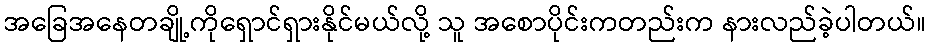
အခြေအနေတချို့ကိုရှောင်ရှားနိုင်မယ်လို့ သူ အစောပိုင်းကတည်းက နားလည်ခဲ့ပါတယ်။